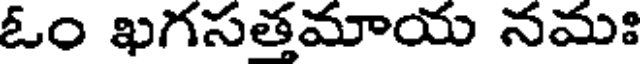
ఓం ఖగసత్తమాయ నమః